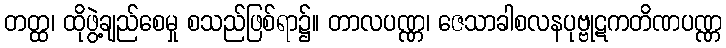
တတ္ထ၊ ထိုဖွဲ့ချည်စေမှု စသည်ဖြစ်ရာ၌။ တာလပဏ္ဏ၊ ဇေသာခါစလနပုဗ္ဗုဋကတိဏပဏ္ဏ